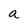
Character: a